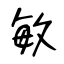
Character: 敏